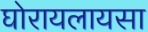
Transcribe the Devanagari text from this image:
घोरायलायसा